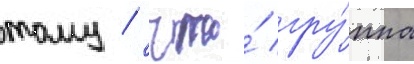
тому / что́ гру́ппа